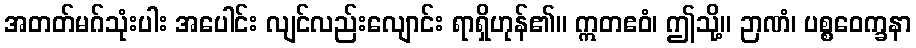
အတတ်မဂ်သုံးပါး အပေါင်း လျင်လည်းလျောင်း ရာရှိဟုန်၏။ ဣတဧဝံ၊ ဤသို့။ ဉာဏံ၊ ပစ္စဝေက္ခနာ